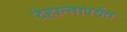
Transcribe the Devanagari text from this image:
देहान्तापर्यंत